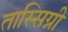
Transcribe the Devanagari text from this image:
तास्सिग्नी